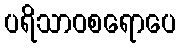
ပရိသာဝစရောပေ